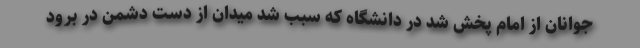
جوانان از امام پخش شد در دانشگاه که سبب شد میدان از دست دشمن در برود